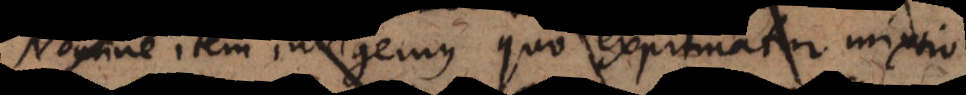
Nomine item indigemus quo exprimatur mixtio